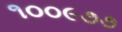
૧૦૦૯૭૭